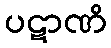
ပဋာဏိ